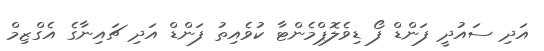
އަދި ސައުދީ ފަންޑް ފޯ ޑިވެލޮޕްމެންޓާ ކުވެއިތު ފަންޑް އަދި ޗައިނާގެ އެގްޒިމް